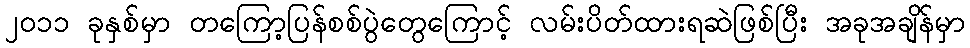
၂၀၁၁ ခုနှစ်မှာ တကြော့ပြန်စစ်ပွဲတွေကြောင့် လမ်းပိတ်ထားရဆဲဖြစ်ပြီး အခုအချိန်မှာ